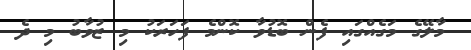
މާލޭގެ މަގެއްގައި ފެން ބޮޑުވާ ކޮންމެ ފަހަރަކު މި ޒުވާބު މި ދެ